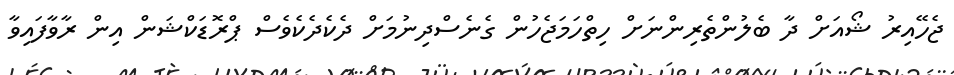
ޖެހޭއިރު ޝޯއަށް ދާ ބެލުންތެރިންނަށް ހިތްހަމަޖެހުން ގެނެސްދިނުމަށް ދެކެދެކެވެސް ޕްރޮޑަކްޝަން އިން ރާވާފައިވާ